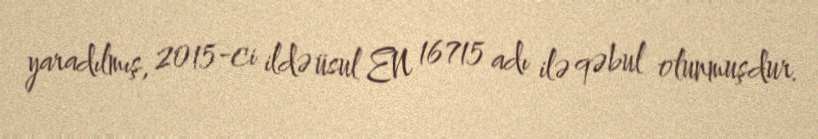
yaradılmış, 2015-ci ildə üsul EN 16715 adı ilə qəbul olunmuşdur.